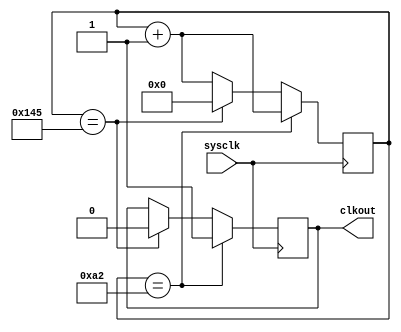
`timescale 1ns / 1ps
//////////////////////////////////////////////////////////////////////////////////
// Company: 
// Engineer: 
// 
// Design Name: 
// Module Name:    clkdiv 
// Project Name: 
// Target Devices: 
// Tool versions: 
// Description: 
//
// Dependencies: 
//
// Revision: 
// Revision 0.01 - File Created
// Additional Comments: 
//
//////////////////////////////////////////////////////////////////////////////////
module clkdiv(
    sysclk,
    clkout
    );
    
    input sysclk;
    output clkout; //
    
    reg clkout = 1'b0; // 
    
    //9600bits/s bit 16 f = 9600 * 16 = 153600Hz
    //clkdiv = 50MHz / (9600 * 16) =  325.5 = 326
    
    //115200 clkdiv = 50MHz / (115200 * 16) = 27
    
    reg [8:0]count = 9'd0; //
    
    always @(posedge sysclk) begin
        if (count == 9'd162) begin
            clkout <= 1'b1;
            count <= count + 1'b1; // count == 9'd162
        end
        else if (count == 9'd325) begin
            clkout <= 1'b0;
            count <= 9'd0;
        end
        else
            count <= count + 1'b1;
    end


endmodule